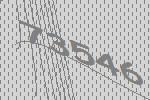
73546